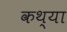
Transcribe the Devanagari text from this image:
कथ्या